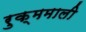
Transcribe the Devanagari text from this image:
रुक्ममाली